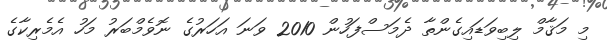
މި މަޤާމް ލިބިވަޑައިގެންތާ ދެމަސްފަހުން 2010 ވަނަ އަހަރުގެ ނޮވެމްބަރު މަހު އެމެރިކާގެ